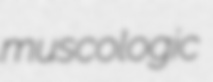
muscologic